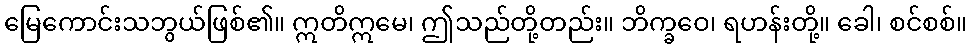
မြေကောင်းသဘွယ်ဖြစ်၏။ ဣတိဣမေ၊ ဤသည်တို့တည်း။ ဘိက္ခဝေ၊ ရဟန်းတို့။ ခေါ၊ စင်စစ်။